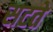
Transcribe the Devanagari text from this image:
सटते